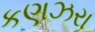
કણઝરા